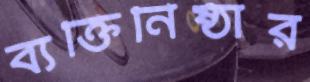
ব্যক্তিনিষ্ঠার